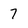
Character: 7